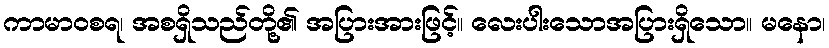
ကာမာဝစရ၊ အစရှိသည်တို့၏ အပြားအားဖြင့်။ လေးပါးသောအပြားရှိသော။ မနော၊